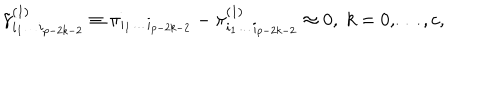
LaTeX: \tilde { \gamma } _ { i _ { 1 } \ldots i _ { p - 2 k - 2 } } ^ { ( 1 ) } \equiv \pi _ { i _ { 1 } \ldots i _ { p - 2 k - 2 } } - \pi _ { i _ { 1 } \ldots i _ { p - 2 k - 2 } } ^ { ( 1 ) } \approx 0 , \; k = 0 , \ldots , c ,